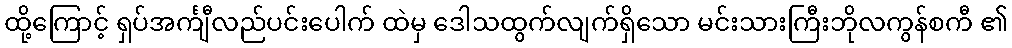
ထို့ကြောင့် ရှပ်အင်္ကျီလည်ပင်းပေါက် ထဲမှ ဒေါသထွက်လျက်ရှိသော မင်းသားကြီးဘိုလကွန်စကီ ၏